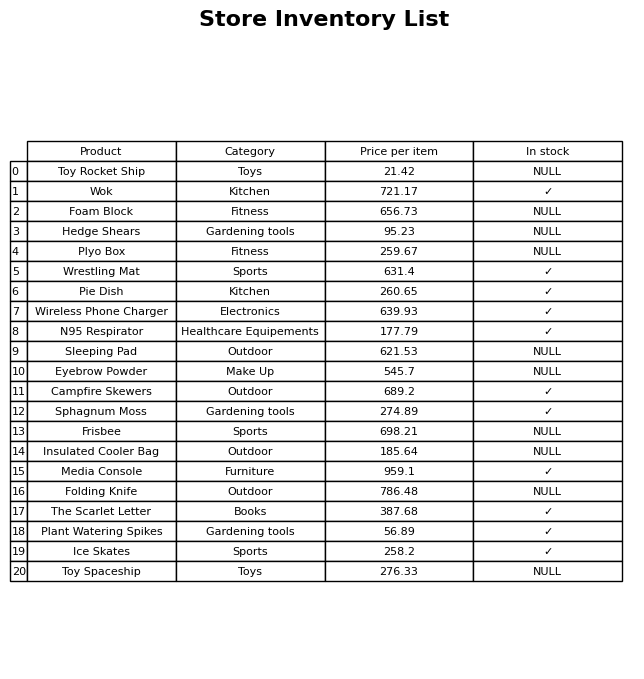
question: Is the Wrestling Mat in stock?
answer: ✓